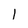
Character: 1